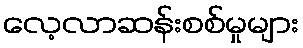
လေ့လာဆန်းစစ်မှုများ